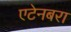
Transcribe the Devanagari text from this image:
एटेनबरा